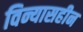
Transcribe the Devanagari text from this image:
विन्यासहीन